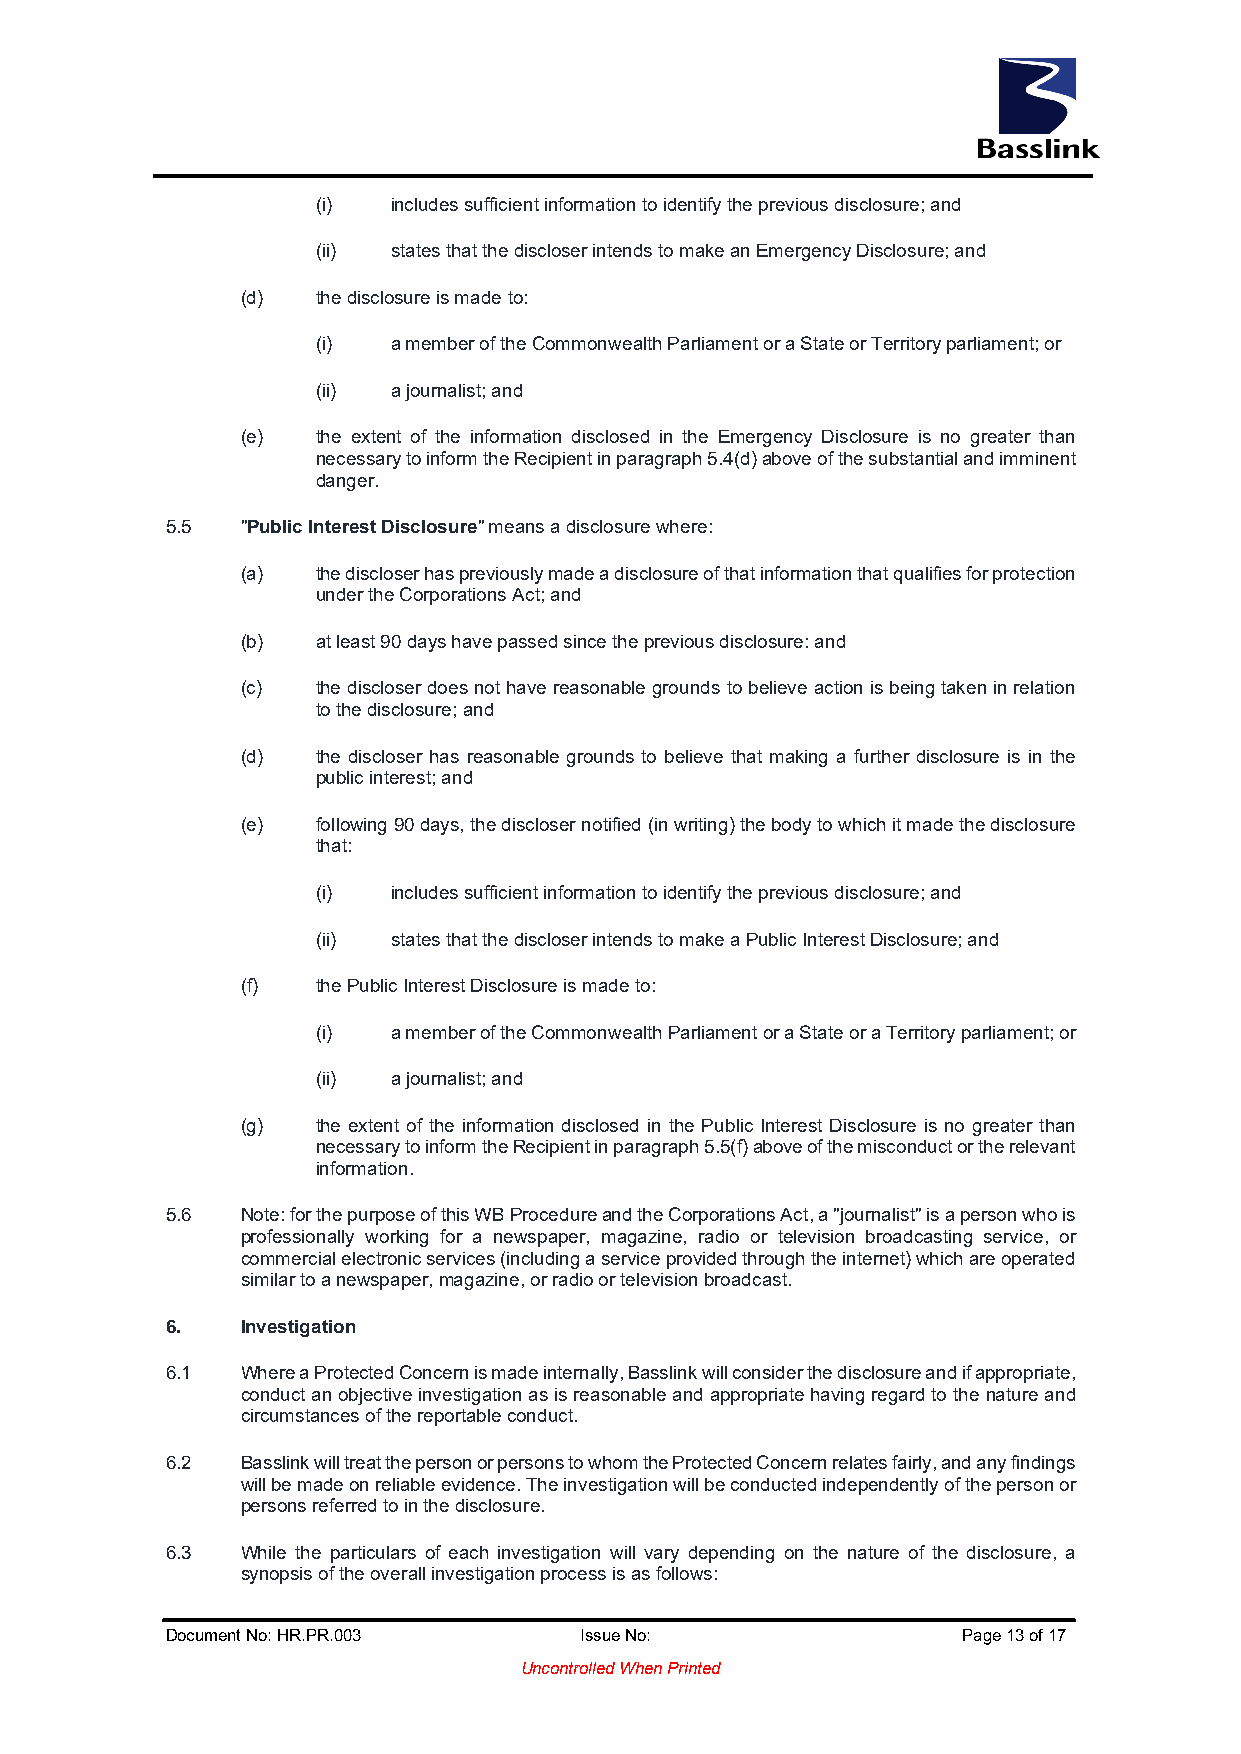
(i)  includes sufficient information to identify the previous disclosure; and
 (ii) states that the discloser intends to make an Emergency Disclosure; and
 (d)  the disclosure is made to:
 (i)  a member of the Commonwealth Parliament or a State or Territory parliament; or
 (ii) a journalist; and
 (e)  the extent of the information disclosed in the Emergency Disclosure is no greater than
 necessary to inform the Recipient in paragraph 5.4(d) above of the substantial and imminent
 danger.
 5.5  "Public Interest Disclosure" means a disclosure where:
 (a)  the discloser has previously made a disclosure of that information that qualifies for protection
 under the Corporations Act; and
 (b)  at least 90 days have passed since the previous disclosure: and
 (c)  the discloser does not have reasonable grounds to believe action is being taken in relation
 to the disclosure; and
 (d)  the discloser has reasonable grounds to believe that making a further disclosure is in the
 public interest; and
 (e)  following 90 days, the discloser notified (in writing) the body to which it made the disclosure
 that:
 (i)  includes sufficient information to identify the previous disclosure; and
 (ii) states that the discloser intends to make a Public Interest Disclosure; and
 (f)  the Public Interest Disclosure is made to:
 (i)  a member of the Commonwealth Parliament or a State or a Territory parliament; or
 (ii) a journalist; and
 (g)  the extent of the information disclosed in the Public Interest Disclosure is no greater than
 necessary to inform the Recipient in paragraph 5.5(f) above of the misconduct or the relevant
 information.
 5.6  Note: for the purpose of this WB Procedure and the Corporations Act, a "journalist" is a person who is
 professionally working for a newspaper, magazine, radio or television broadcasting service, or
 commercial electronic services (including a service provided through the internet) which are operated
 similar to a newspaper, magazine, or radio or television broadcast.
 6.   Investigation
 6.1  Where a Protected Concern is made internally, Basslink will consider the disclosure and if appropriate,
 conduct an objective investigation as is reasonable and appropriate having regard to the nature and
 circumstances of the reportable conduct.
 6.2  Basslink will treat the person or persons to whom the Protected Concern relates fairly, and any findings
 will be made on reliable evidence. The investigation will be conducted independently of the person or
 persons referred to in the disclosure.
 6.3  While the particulars of each investigation will vary depending on the nature of the disclosure, a
 synopsis of the overall investigation process is as follows:
 Document No: HR.PR.003     Issue No:                 Page 13 of 17
 Uncontrolled When Printed